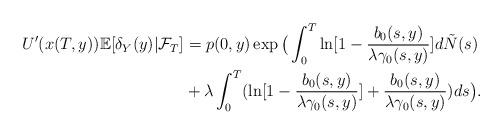
LaTeX: \begin{align*}U'(x(T,y))\mathbb{E}[\delta_Y(y)|\mathcal{F}_T]&=p(0,y) \exp \big( \int_0^T \ln[1-\frac{b_0(s,y)}{\lambda\gamma_0(s,y)}]d\tilde{N}(s) \\&+ \lambda \int_0^T (\ln[1-\frac{b_0(s,y)}{\lambda\gamma_0(s,y)}]+\frac{b_0(s,y)}{\lambda\gamma_0(s,y)})ds \big).\end{align*}